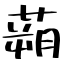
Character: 蒴